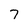
Character: 7